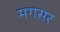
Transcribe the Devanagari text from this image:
मगसर